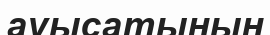
ауысатынын